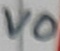
Text: VO